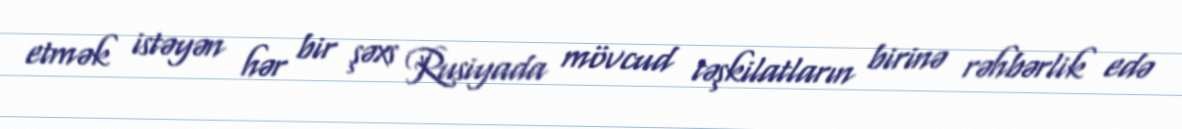
etmək istəyən hər bir şəxs Rusiyada mövcud təşkilatların birinə rəhbərlik edə